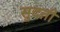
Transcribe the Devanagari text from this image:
सुदती